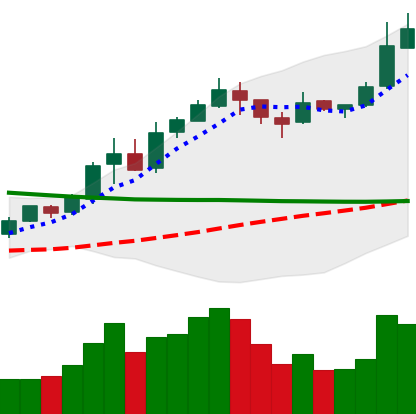
Ticker: BNB-USD
Chart end date: 2019-02-20
Forward return: -10.25%
Label: down_7plus